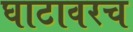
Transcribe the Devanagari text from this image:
घाटावरच